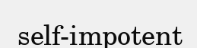
self-impotent